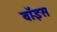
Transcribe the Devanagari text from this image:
वाॅइस